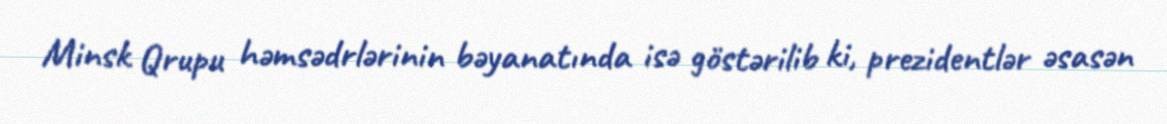
Minsk Qrupu həmsədrlərinin bəyanatında isə göstərilib ki, prezidentlər əsasən